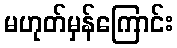
မဟုတ်မှန်ကြောင်း